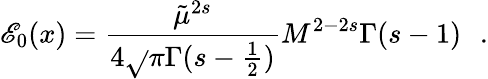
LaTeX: \mathscr{E}_{0}(x)=\frac{{\tilde{{\mu}}^{2s}}}{{4\sqrt{}{{\pi}}\Gamma(s-\frac{1}{2})}}M^{2-2s}\Gamma(s-1)\, \ \ .